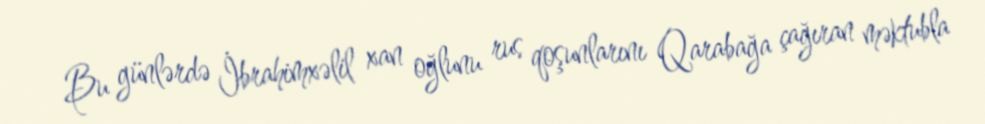
Bu günlərdə İbrahimxəlil xan oğlunu rus qoşunlarını Qarabağa çağıran məktubla